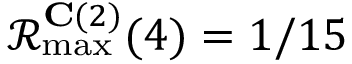
\mathcal { R } _ { \operatorname* { m a x } } ^ { \mathbf { C } ( 2 ) } ( 4 ) = 1 / 1 5